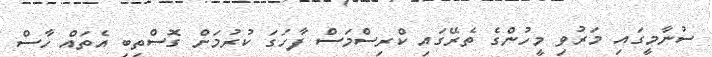
ސުނާމީގައި މަރުވި މީހުންގެ ތެރޭގައި ކްރިސްމަސް ފާހަގަ ކުރުމަށް ގޮސްތިބި އެތައް ހާސް